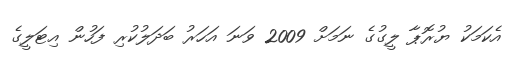
އެކަމަކު ޔުރޮޕާ ލީގުގެ ނަމަށް 2009 ވަނަ އަހަރު ބަދަލުކުރި ފަހުން އިޓަލީގެ